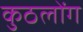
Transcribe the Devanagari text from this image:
कुठलोंग